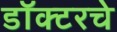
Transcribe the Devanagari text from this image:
डॉक्टरचे